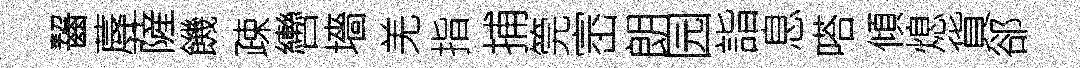
齧蓐薩饑疎轡墻羌指捕筦崈朗园詣息嗒傾熄貨郤